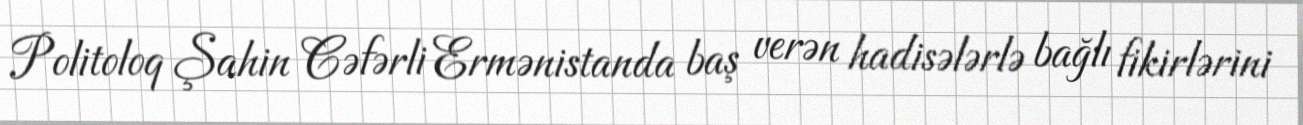
Politoloq Şahin Cəfərli Ermənistanda baş verən hadisələrlə bağlı fikirlərini